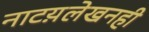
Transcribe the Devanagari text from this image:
नाटय़लेखनही